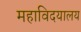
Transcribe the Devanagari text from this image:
महाविदयालय